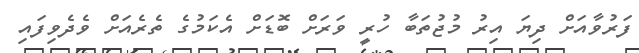
ފަރުވާއަށް ދިޔަ އިރު މުޖުތަބާ ހުރީ ވަރަށް ބޮޑަށް އެކަމުގެ ތެރެއަށް ވެދެވިފައި